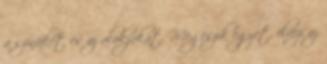
a színüket és az alakjukat. Megeszik egyet, élvezi az